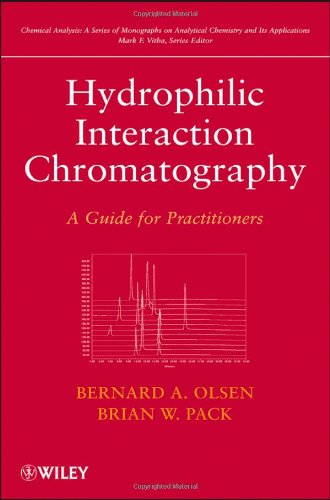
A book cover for Hydrophilic Interaction Chromatography: A Guide for Practitioners; Bernard A. Olsen; Science & Math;